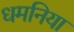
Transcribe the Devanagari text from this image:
धमनिया